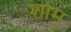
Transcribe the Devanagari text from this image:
शोमु